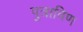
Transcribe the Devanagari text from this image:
पुत्राविण